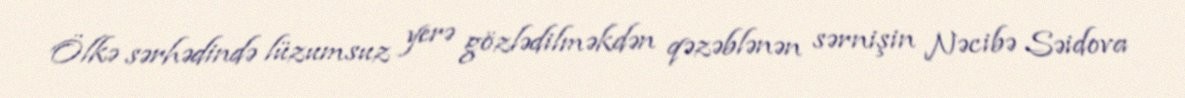
Ölkə sərhədində lüzumsuz yerə gözlədilməkdən qəzəblənən sərnişin Nəcibə Səidova